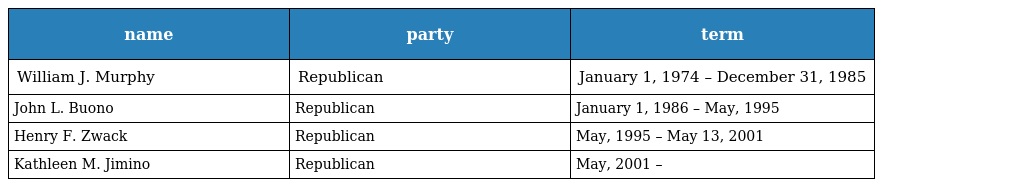
| name | party | term |
 | --- | --- | --- |
 | William J. Murphy | Republican | January 1, 1974 – December 31, 1985 |
 | John L. Buono | Republican | January 1, 1986 – May, 1995 |
 | Henry F. Zwack | Republican | May, 1995 – May 13, 2001 |
 | Kathleen M. Jimino | Republican | May, 2001 – |